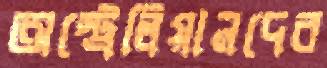
অস্ট্রেলিয়ানদের